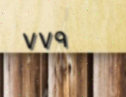
٧٧٩